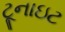
ટૂનાઇટ